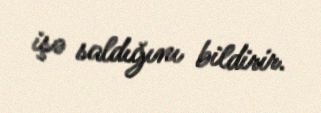
işə saldığını bildirir.